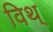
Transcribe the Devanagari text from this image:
विथ्